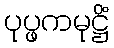
ပုပ္ဖကမုဋ္ဌိံ